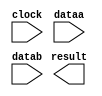
module mult (
	clock,
	dataa,
	datab,
	result);

	input	  clock;
	input	[7:0]  dataa;
	input	[7:0]  datab;
	output	[15:0]  result;

endmodule